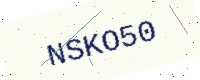
Text: NSKO50